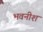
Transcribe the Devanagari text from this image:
भवनीश